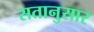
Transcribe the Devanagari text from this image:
सतानुसार